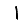
Digit: 1